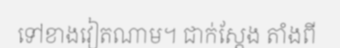
ទៅខាងវៀតណាម។ ជាក់ស្តែង តាំងពី